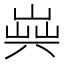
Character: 𠔞